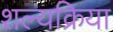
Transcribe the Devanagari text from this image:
शल्‍यक्रिया